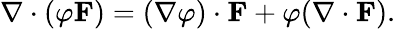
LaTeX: \nabla\cdot(\varphi\mathbf{F})=(\nabla\varphi)\cdot\mathbf{F}+\varphi(\nabla\cdot\mathbf{F}).